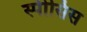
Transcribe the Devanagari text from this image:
स्पीसिस